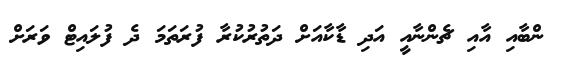
ންބާއި އާއި ޗެންނާއީ އަދި ޑާކާއަށް ދަތުރުކުރާ ފުރަތަމަ ދެ ފުލައިޓް ވަރަށް